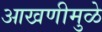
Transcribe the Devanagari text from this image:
आखणीमुळे